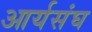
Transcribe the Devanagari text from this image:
आर्यसंघ